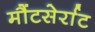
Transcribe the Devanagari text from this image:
मौंटसेर्राट